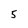
Character: 5